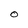
Character: O